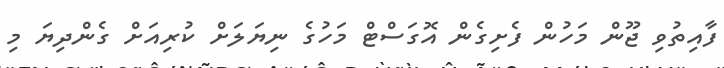
ފާއިތުވި ޖޫން މަހުން ފެށިގެން އޮގަސްޓް މަހުގެ ނިޔަލަށް ކުރިއަށް ގެންދިޔަ މި